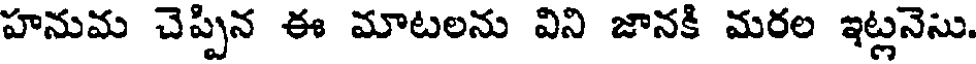
హనుమ చెప్పిన ఈ మాటలను విని జానకి మరల ఇట్లనెసు.